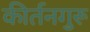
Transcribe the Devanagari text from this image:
कीर्तनगुरू